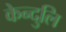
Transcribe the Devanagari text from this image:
केन्दुलि